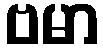
ဗမာ